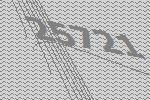
25721